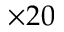
\times 2 0